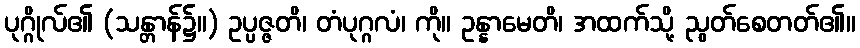
ပုဂ္ဂိုလ်၏ (သန္တာန်၌။) ဥပ္ပဇ္ဇတိ၊ တံပုဂ္ဂလံ၊ ကို။ ဥန္နာမေတိ၊ အထက်သို့ ညွတ်စေတတ်၏။